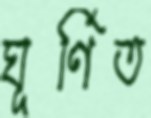
ঘূর্ণিত